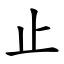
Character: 止